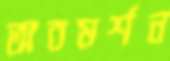
অবমর্শন